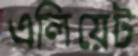
এলিয়েট